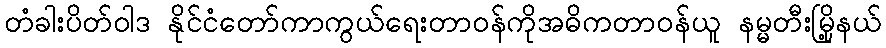
တံခါးပိတ်ဝါဒ နိုင်ငံတော်ကာကွယ်ရေးတာဝန်ကိုအဓိကတာဝန်ယူ နမ္မတီးမြို့နယ်